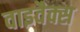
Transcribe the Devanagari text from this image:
वाइवैक्स